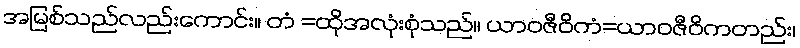
အမြစ်သည်လည်းကောင်း။ တံ =ထိုအလုံးစုံသည်။ ယာဝဇီဝိကံ=ယာဝဇီဝိကတည်း၊